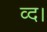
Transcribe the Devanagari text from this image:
व्द।